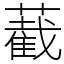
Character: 䕙